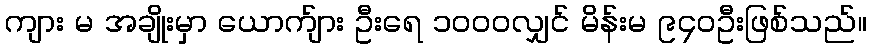
ကျား မ အချိုးမှာ ယောက်ျား ဦးရေ ၁၀၀၀လျှင် မိန်းမ ၉၄၀ဦးဖြစ်သည်။